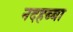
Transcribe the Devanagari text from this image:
नदहब्बा